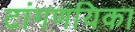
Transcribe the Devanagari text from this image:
टांगणयिका